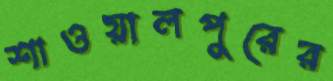
শাওয়ালপুরের